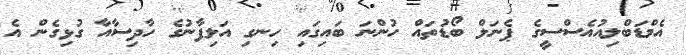
އެމްޑަބްލިއުއެސްސީގެ ޕެނަލް ބޯޑުތައް ހުންނަ ބައިގައި ހިނގި އަލިފާނުގެ ހާދިސާއާ ގުޅިގެން އެ